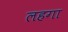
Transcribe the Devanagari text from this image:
लहगा